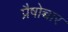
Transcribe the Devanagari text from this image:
प्रैषोच्चार